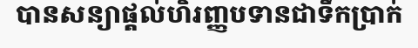
បានសន្យាផ្តល់ហិរញ្ញបទានជាទឹកប្រាក់